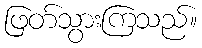
ဖြတ်သွားကြသည်။